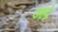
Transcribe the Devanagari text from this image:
आर्द्र